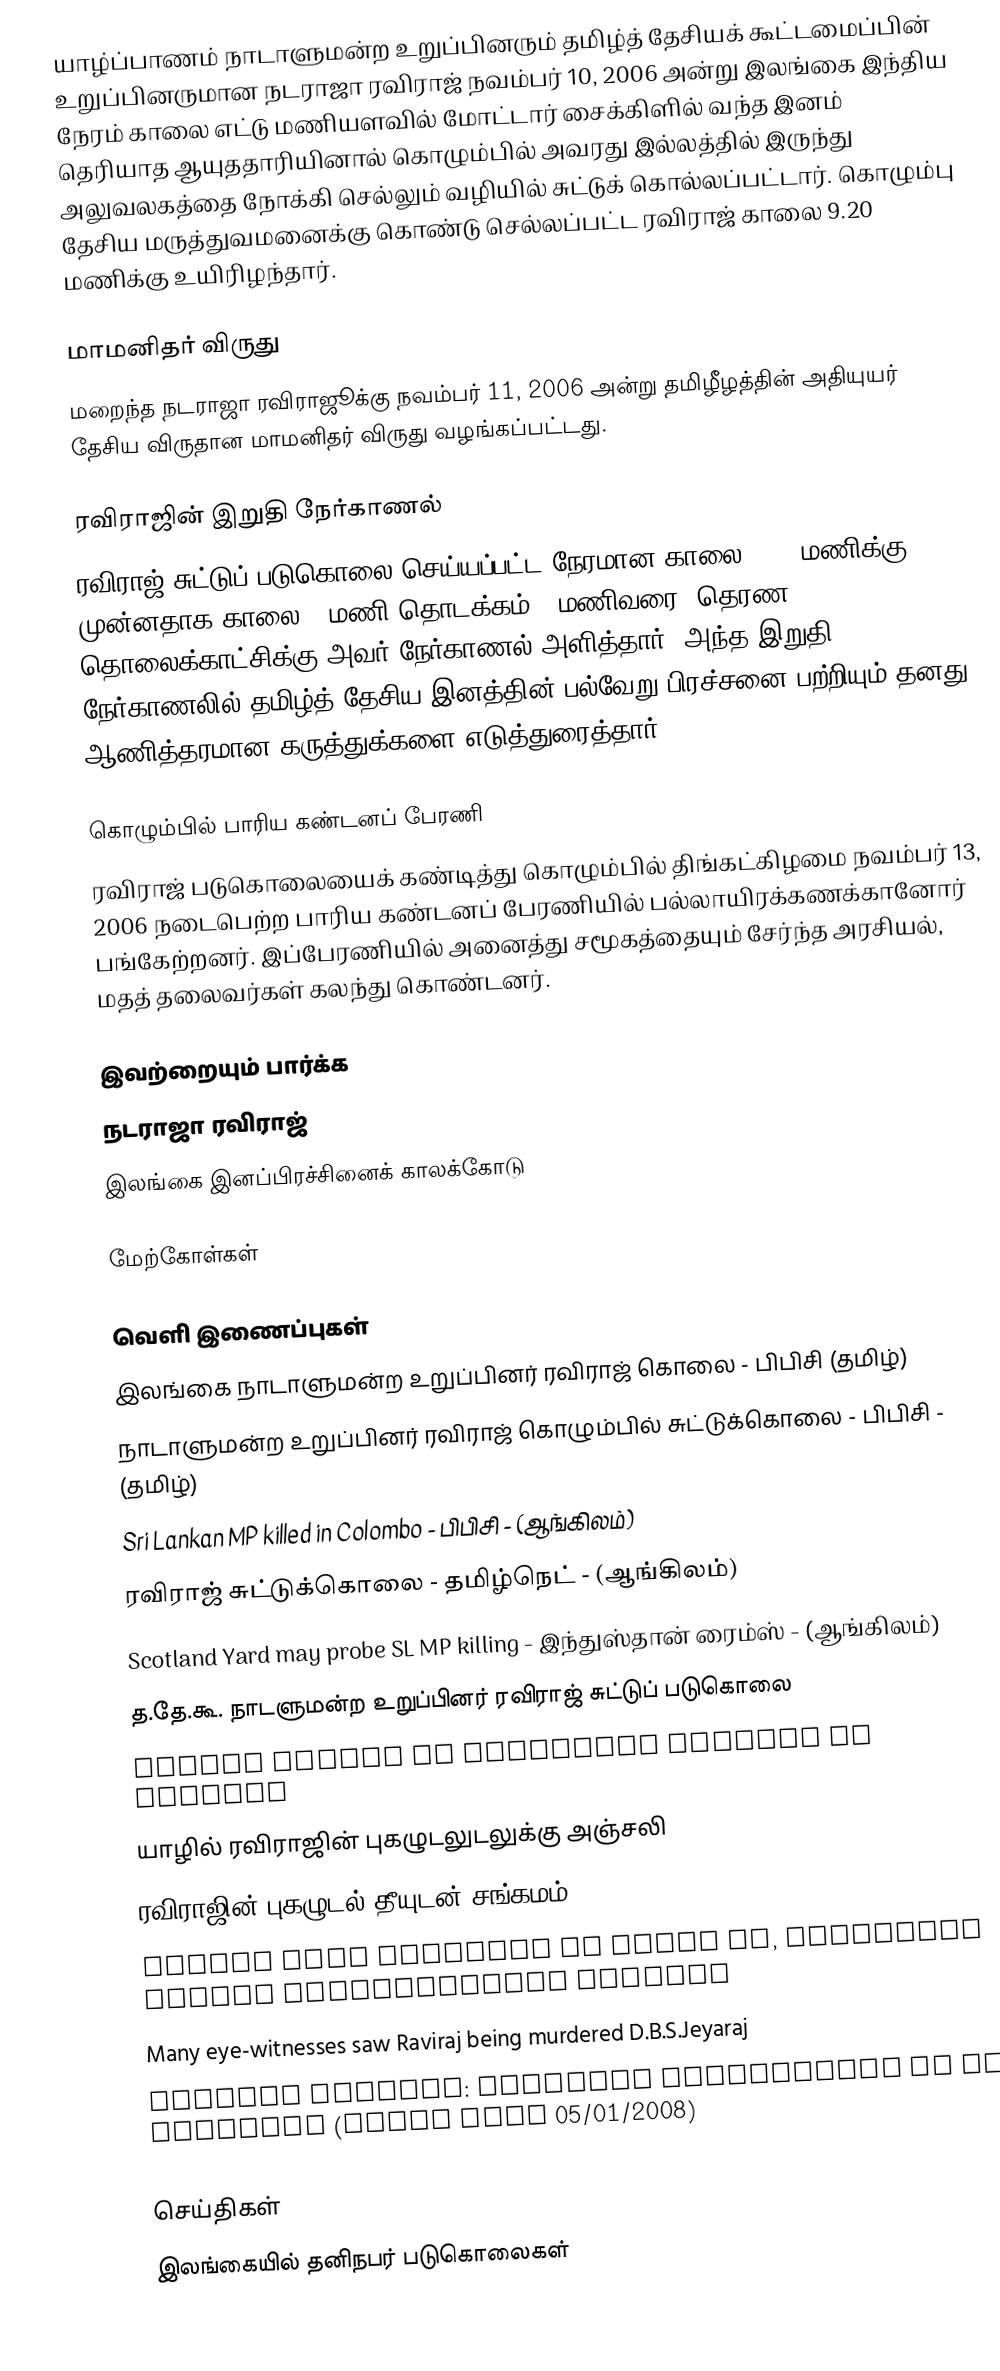
யாழ்ப்பாணம் நாடாளுமன்ற உறுப்பினரும் தமிழ்த் தேசியக் கூட்டமைப்பின் உறுப்பினருமான நடராஜா ரவிராஜ் நவம்பர் 10, 2006 அன்று இலங்கை இந்திய நேரம் காலை எட்டு மணியளவில் மோட்டார் சைக்கிளில் வந்த இனம் தெரியாத ஆயுததாரியினால்  கொழும்பில் அவரது இல்லத்தில் இருந்து அலுவலகத்தை நோக்கி செல்லும் வழியில் சுட்டுக் கொல்லப்பட்டார். கொழும்பு தேசிய மருத்துவமனைக்கு கொண்டு செல்லப்பட்ட ரவிராஜ் காலை 9.20 மணிக்கு உயிரிழந்தார்.

மாமனிதர் விருது
மறைந்த நடராஜா ரவிராஜூக்கு நவம்பர் 11, 2006 அன்று தமிழீழத்தின் அதியுயர் தேசிய விருதான மாமனிதர் விருது வழங்கப்பட்டது.

ரவிராஜின் இறுதி நேர்காணல்
ரவிராஜ் சுட்டுப் படுகொலை செய்யப்பட்ட நேரமான காலை 8.30 மணிக்கு முன்னதாக காலை 7 மணி தொடக்கம் 8 மணிவரை "தெரண" தொலைக்காட்சிக்கு அவர் நேர்காணல் அளித்தார். அந்த இறுதி நேர்காணலில் தமிழ்த் தேசிய இனத்தின் பல்வேறு பிரச்சனை பற்றியும் தனது ஆணித்தரமான கருத்துக்களை எடுத்துரைத்தார்.

கொழும்பில் பாரிய கண்டனப் பேரணி
ரவிராஜ் படுகொலையைக் கண்டித்து கொழும்பில் திங்கட்கிழமை நவம்பர் 13, 2006 நடைபெற்ற பாரிய கண்டனப் பேரணியில் பல்லாயிரக்கணக்கானோர் பங்கேற்றனர். இப்பேரணியில் அனைத்து சமூகத்தையும் சேர்ந்த அரசியல், மதத் தலைவர்கள் கலந்து கொண்டனர்.

இவற்றையும் பார்க்க
 நடராஜா ரவிராஜ்
 இலங்கை இனப்பிரச்சினைக் காலக்கோடு

மேற்கோள்கள்

வெளி இணைப்புகள்
இலங்கை நாடாளுமன்ற உறுப்பினர் ரவிராஜ் கொலை - பிபிசி (தமிழ்)
நாடாளுமன்ற உறுப்பினர் ரவிராஜ் கொழும்பில் சுட்டுக்கொலை - பிபிசி - (தமிழ்)
 Sri Lankan MP killed in Colombo - பிபிசி - (ஆங்கிலம்)
 ரவிராஜ் சுட்டுக்கொலை - தமிழ்நெட் - (ஆங்கிலம்)
 Scotland Yard may probe SL MP killing - இந்துஸ்தான் ரைம்ஸ் - (ஆங்கிலம்)
 த.தே.கூ. நாடளுமன்ற உறுப்பினர் ரவிராஜ் சுட்டுப் படுகொலை
 Tragic demise of Nadarajah Raviraj in Colombo
 யாழில் ரவிராஜின் புகழுடலுடலுக்கு அஞ்சலி
 ரவிராஜின் புகழுடல் தீயுடன் சங்கமம்
 Jaffna bids farewell to slain MP, relatives reveal assassination attempt
 Many eye-witnesses saw Raviraj being murdered  D.B.S.Jeyaraj
 Raviraj killing: Separate confessions by two suspects  (Daily News 05/01/2008)

செய்திகள்
இலங்கையில் தனிநபர் படுகொலைகள்